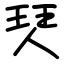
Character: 珡